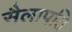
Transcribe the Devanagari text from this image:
सैलापति